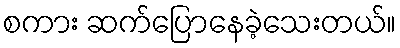
စကား ဆက်ပြောနေခဲ့သေးတယ်။